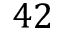
4 2